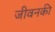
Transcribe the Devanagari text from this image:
जीवनकी